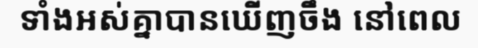
ទាំងអស់គ្នាបានឃើញចឹង នៅពេល